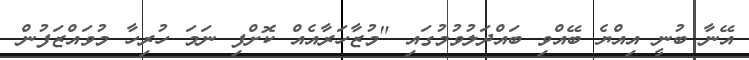
އޭނާ ބުނީ އިއްޔެ ބޭއްވި ބައްދަލުވުމުގައި "މުޒާހަރާއެއް ކޮށްފި ނަމަ ހުރިހާ މުވައްޒަފުން